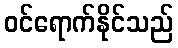
ဝင်ရောက်နိုင်သည်